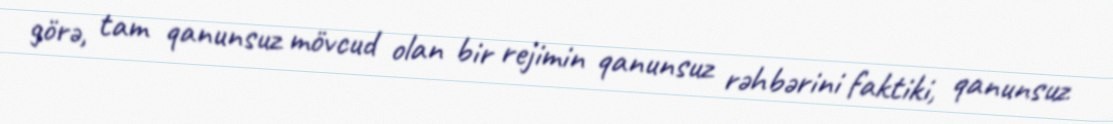
görə, tam qanunsuz mövcud olan bir rejimin qanunsuz rəhbərini faktiki, qanunsuz